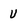
Character: V